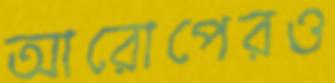
আরোপেরও